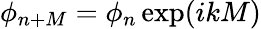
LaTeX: \phi_{n+M}=\phi_{n}\exp(ikM)